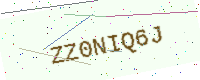
Text: ZZ0NIQ6J